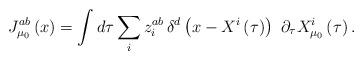
LaTeX: \begin{align*}J_{\mu_0} ^{ab}\left( x\right) =\int d\tau \sum_iz_i^{ab}\,\delta ^d\left(x-X^i\left( \tau \right) \right) \,\,\partial _\tau X_{\mu_0} ^i\left( \tau\right) .\end{align*}